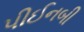
પીઈનબી